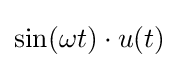
\sin(\omega t)\cdot u(t)\